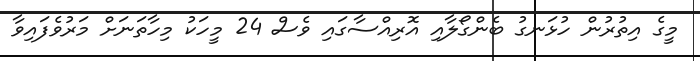
މީގެ އިތުރުން ހުޅަނގުު ބެންގޯލާއި އޮރިއްސާގައި ވެސް 24 މީހަކު މިހާތަނަށް މަރުވެފައިވާ